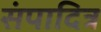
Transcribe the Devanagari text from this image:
संपादित्र